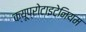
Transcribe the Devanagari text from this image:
क्यूप्रोटाइटेनियम